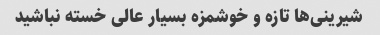
شیرینی‌ها تازه و خوشمزه بسیار عالی خسته نباشید